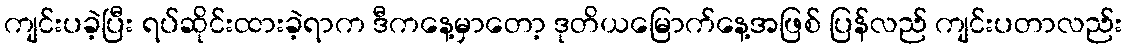
ကျင်းပခဲ့ပြီး ရပ်ဆိုင်းထားခဲ့ရာက ဒီကနေ့မှာတော့ ဒုတိယမြောက်နေ့အဖြစ် ပြန်လည် ကျင်းပတာလည်း